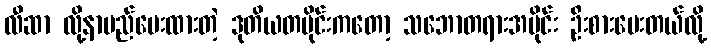
လီဆာ လို့နာမည်ပေးထားတဲ့ ဒုတိယတပိုင်းကတော့ သဘောတရားအပိုင်း ဦးစားပေးတယ်လို့